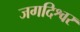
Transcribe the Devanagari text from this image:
जगदिश्वर